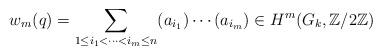
LaTeX: \begin{align*} w_m(q)=\sum_{1\leq i_1<\cdots<i_m\leq n} (a_{i_1})\cdots(a_{i_m})\in H^m(G_{k},\mathbb{Z}/2\mathbb{Z})\end{align*}